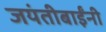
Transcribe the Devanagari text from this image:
जयंतीबाईंनी